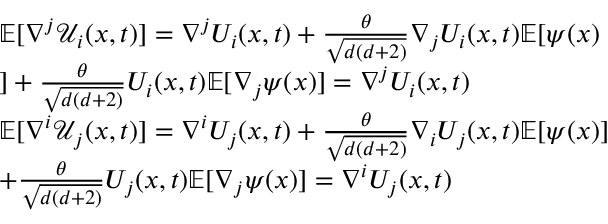
\begin{array} { r l } & { \mathbb { E } [ \nabla ^ { j } \mathcal { U } _ { i } ( x , t ) ] = \nabla ^ { j } U _ { i } ( x , t ) + \frac { \theta } { \sqrt { d ( d + 2 ) } } \nabla _ { j } U _ { i } ( x , t ) \mathbb { E } [ \psi ( x ) } \\ & { ] + \frac { \theta } { \sqrt { d ( d + 2 ) } } U _ { i } ( x , t ) \mathbb { E } [ \nabla _ { j } \psi ( x ) ] = \nabla ^ { j } U _ { i } ( x , t ) } \\ & { \mathbb { E } [ \nabla ^ { i } \mathcal { U } _ { j } ( x , t ) ] = \nabla ^ { i } U _ { j } ( x , t ) + \frac { \theta } { \sqrt { d ( d + 2 ) } } \nabla _ { i } U _ { j } ( x , t ) \mathbb { E } [ \psi ( x ) ] } \\ & { + \frac { \theta } { \sqrt { d ( d + 2 ) } } U _ { j } ( x , t ) \mathbb { E } [ \nabla _ { j } \psi ( x ) ] = \nabla ^ { i } U _ { j } ( x , t ) } \end{array}